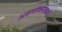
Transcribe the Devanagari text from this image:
अवलोकनाकर्ता